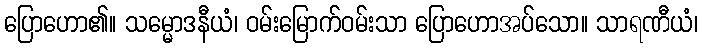
ပြောဟော၏။ သမ္မောဒနီယံ၊ ဝမ်းမြောက်ဝမ်းသာ ပြောဟောအပ်သော။ သာရဏီယံ၊